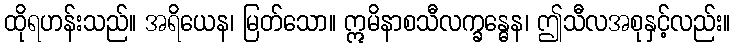
ထိုရဟန်းသည်။ အရိယေန၊ မြတ်သော။ ဣမိနာစသီလက္ခန္ဓေန၊ ဤသီလအစုနှင့်လည်း။